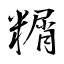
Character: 糏